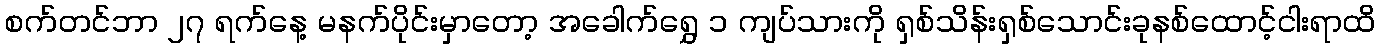
စက်တင်ဘာ ၂၇ ရက်နေ့ မနက်ပိုင်းမှာတော့ အခေါက်ရွှေ ၁ ကျပ်သားကို ရှစ်သိန်းရှစ်သောင်းခုနစ်ထောင့်ငါးရာထိ